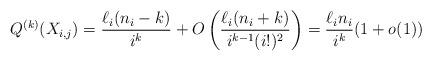
LaTeX: \begin{align*}Q^{(k)}(X_{i,j}) = \frac{\ell_i(n_i-k)}{i^k} +O\left( \frac{\ell_i(n_i+k)}{i^{k-1} (i!)^2}\right) = \frac{\ell_in_i}{i^k}(1+o(1))\end{align*}